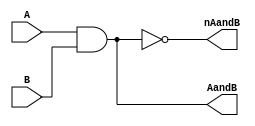
module demorgan
(
	input A,
	input B,
	
	
	output AandB,
	output nAandB
);
	wire nA;
	wire nB;
	
	
	and andgate(AandB, A, B);
	not AandBinv(nAandB,AandB);
endmodule